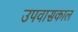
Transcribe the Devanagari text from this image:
उपवासकाल